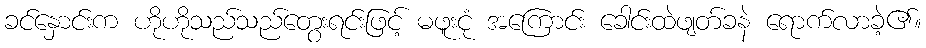
ခင်နှောင်းက ဟိုဟိုသည်သည်တွေးရင်းဖြင့် မဖူးငုံ အကြောင်း ခေါင်းထဲဖျတ်ခနဲ ရောက်လာခဲ့၏။